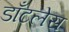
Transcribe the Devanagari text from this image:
डाँटलेस